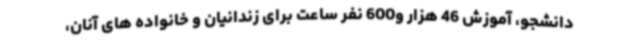
دانشجو، آموزش 46 هزار و600 نفر ساعت برای زندانیان و خانواده های آنان،